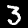
Label: 3